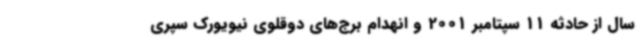
سال از حادثه 11 سپتامبر 2001 و انهدام برج‌های دوقلوی نیویورک سپری‌